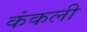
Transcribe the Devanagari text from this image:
कंकली